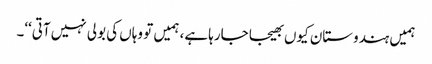
ہمیں ہندوستان کیوں بھیجا جارہا ہے، ہمیں تو وہاں کی بولی نہیں آتی‘‘۔